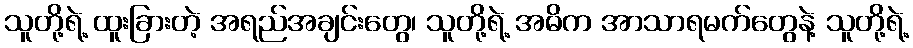
သူတို့ရဲ့ ထူးခြားတဲ့ အရည်အချင်းတွေ၊ သူတို့ရဲ့ အဓိက အာသာရမက်တွေနဲ့ သူတို့ရဲ့